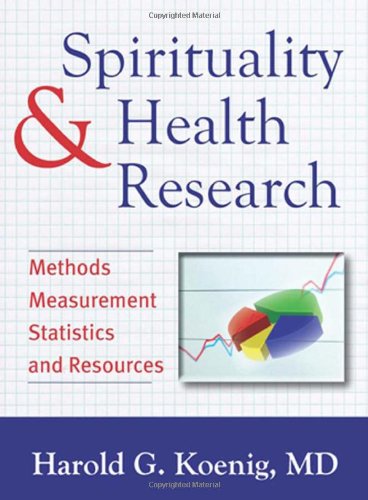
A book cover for Spirituality and Health Research: Methods, Measurements, Statistics, and Resources; Harold G. Koenig; Medical Books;